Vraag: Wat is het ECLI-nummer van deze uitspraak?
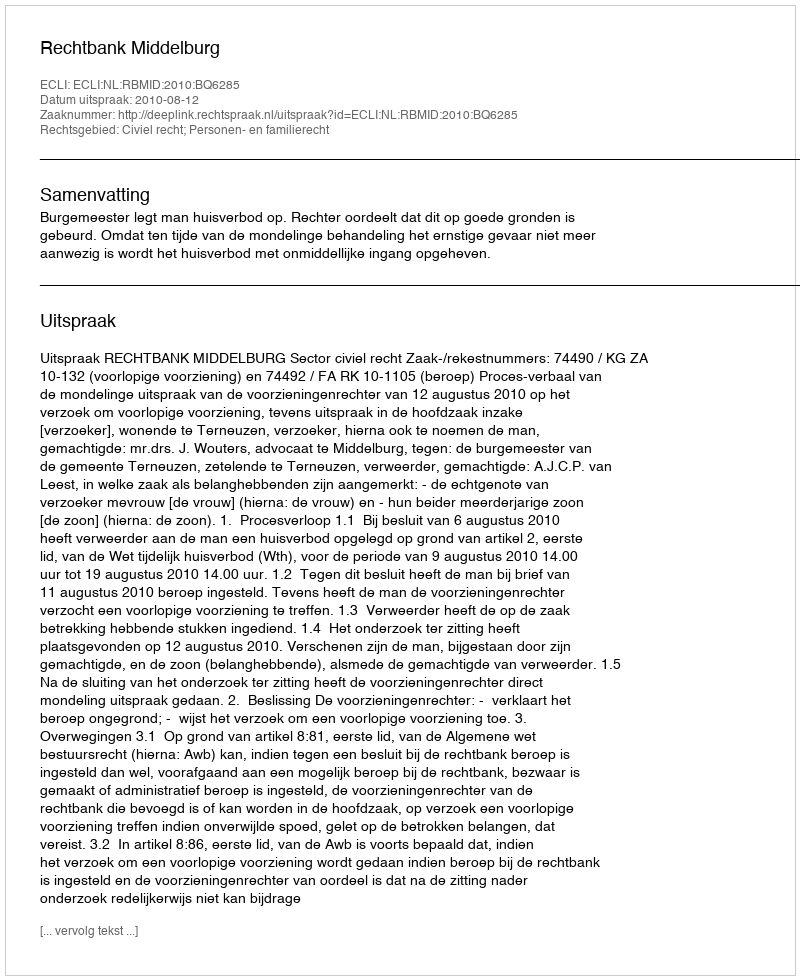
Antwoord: ECLI:NL:RBMID:2010:BQ6285